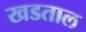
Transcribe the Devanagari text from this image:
खडताल